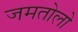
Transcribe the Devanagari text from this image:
जमतोलो